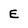
Character: E